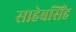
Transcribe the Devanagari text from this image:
साहेबसिंह